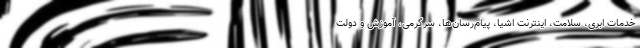
خدمات ابری، سلامت، اینترنت اشیا، پیام‌رسان‌ها، سرگرمی، آموزش و دولت